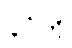
ပုဂံကို